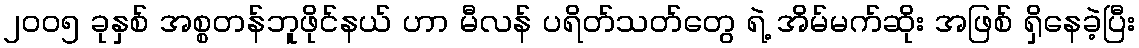
၂၀၀၅ ခုနှစ် အစ္စတန်ဘူဖိုင်နယ် ဟာ မီလန် ပရိတ်သတ်တွေ ရဲ့ အိမ်မက်ဆိုး အဖြစ် ရှိနေခဲ့ပြီး